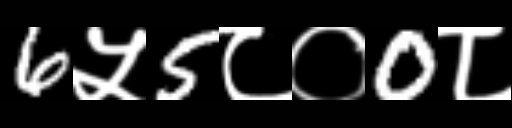
Text: 6५5८०0८